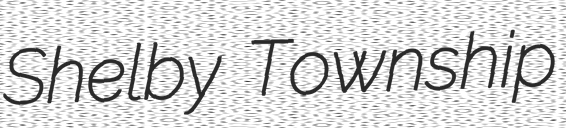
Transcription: Shelby Township